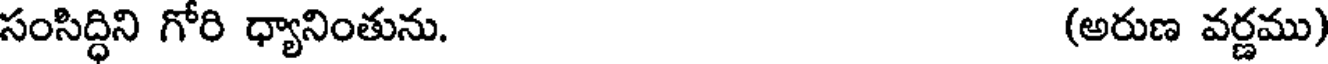
సంసిద్ధిని గోరి ధ్యానింతును. (అరుణ వర్ణము)